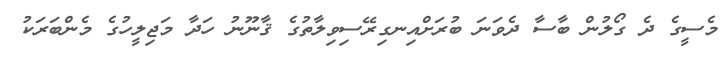
މެސީގެ ދެ ގޯލުން ބާސާ ދެވަނަ ބުރަށްއިނގިރޭސިވިލާތުގެ ޤާނޫނު ހަދާ މަޖިލީހުގެ މެންބަރަކު